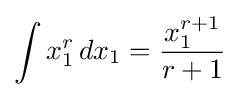
\int x_{1}^{r}\,dx_{1}={\frac {x_{1}^{r+1}}{r+1}}